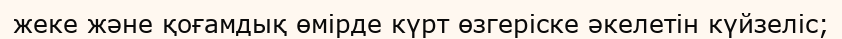
жеке және қоғамдық өмірде күрт өзгеріске әкелетін күйзеліс;